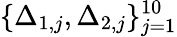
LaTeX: \{ \Delta_{1,j},\Delta_{2,j}\} _{j=1}^{10}